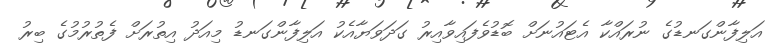
އަލިފާންގަނޑުގެ ނުރައްކާ އެޓައުނަށް ބޮޑުވެފައިވާއިރު ގަދަވަޔާއެކު އަލިފާންގަނޑު މިއަދު އިތުރަށް ފެތުރުމުގެ ބިރު